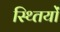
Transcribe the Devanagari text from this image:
स्थ्तियों